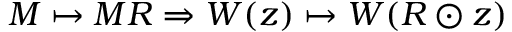
M \mapsto M R \Rightarrow W ( z ) \mapsto W ( R \odot z )